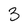
Character: 3